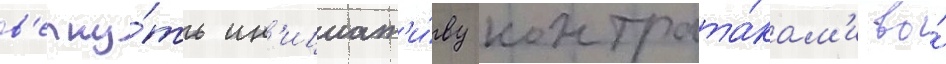
в'ерну́ть ин'ициат'и́ву контрата́кам'и во́